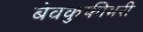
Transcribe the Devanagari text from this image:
बेवकुफीभरी